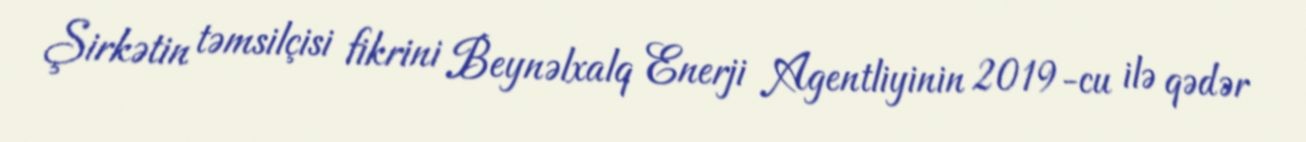
Şirkətin təmsilçisi fikrini Beynəlxalq Enerji Agentliyinin 2019-cu ilə qədər